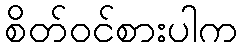
စိတ်ဝင်စားပါက